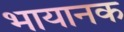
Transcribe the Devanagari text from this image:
भायानक